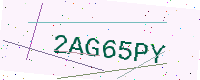
Text: 2AG65PY